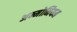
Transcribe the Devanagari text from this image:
अम्मोनियम